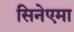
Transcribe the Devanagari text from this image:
सिनेएमा